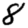
Digit: 8